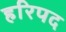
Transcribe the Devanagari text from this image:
हरिपद